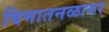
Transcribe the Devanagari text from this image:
विमातनळावर